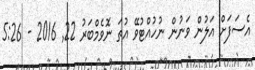
އެސަފަށް އަލުން ވަނުން ނުހުއްޓުވޭ އުތަ ނޮވެމްބަރު 22